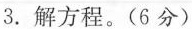
3.解方程。(6分)